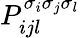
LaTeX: P_{ijl}^{\sigma_{i}\sigma_{j}\sigma_{l}}